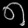
Digit: ၈